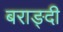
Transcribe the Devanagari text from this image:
बराङ्दी